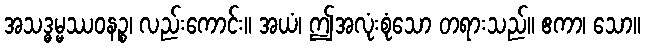
အသဒ္ဓမ္မဿဝနဉ္စ၊ လည်းကောင်း။ အယံ၊ ဤအလုံးစုံသော တရားသည်။ ဧကာ၊ သော။